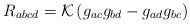
\begin{align*}R_{abcd}={\cal K} \left(g_{ac}g_{bd} - g_{ad}g_{bc}\right)\end{align*}